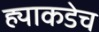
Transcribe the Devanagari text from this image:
ह्याकडेच